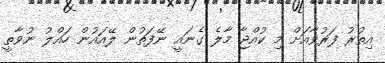
އިތުރު ފަރުވާއަށް މި ކުއްޖާ މާލެ ގެނައީ ނޭފަތުން ލޭއައުން ހައްލު ނުވާތީ